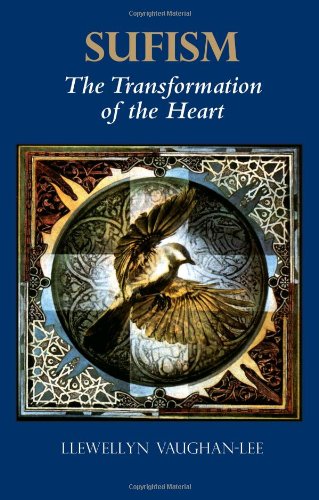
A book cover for Sufism: The Transformation of the Heart; Llewellyn Vaughan-Lee PhD; Self-Help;